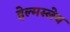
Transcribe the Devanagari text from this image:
हेल्मस्लेय